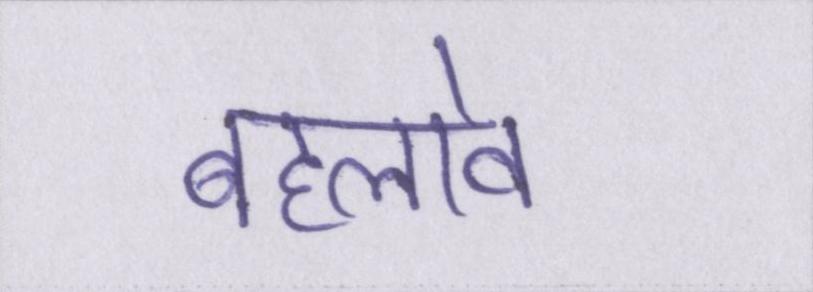
बहलावे